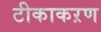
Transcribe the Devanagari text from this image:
टीकाकऱण